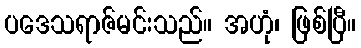
ပဒေသရာဇ်မင်းသည်။ အဟုံ၊ ဖြစ်ပြီ။